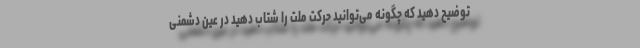
توضیح دهید که چگونه می‌توانید حرکت ملّت را شتاب دهید در عین دشمنی